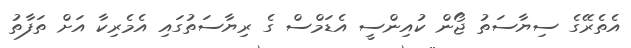
އެތެރޭގެ ސިޔާސަތު ޖޯން ކުއިންސީ އެޑަމްސް ގެ ރިޔާސަތުގައި އެމެރިކާ އަށް ތަފާތު